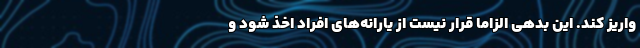
واریز کند. این بدهی الزاما قرار نیست از یارانه‌های افراد اخذ شود و